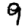
Digit: 9